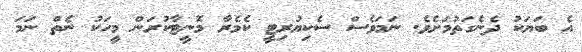
އެ ބަޔަކު ދެނެގަތުމަށެވެ. ނަމަވެސް ސެކިޔުރިޓީ ކެމެރާ މޮނީޓާކުރަން މީހަކު ނެތް ނަމަ